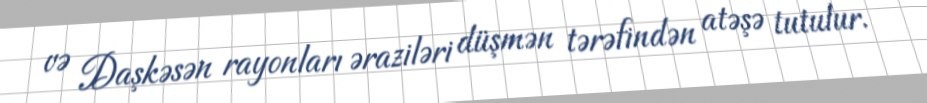
və Daşkəsən rayonları əraziləri düşmən tərəfindən atəşə tutulur.